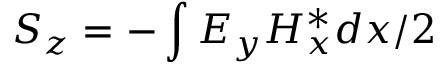
S _ { z } = - \int E _ { y } H _ { x } ^ { * } d x / 2